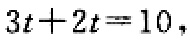
\(3t + 2t = 10\)